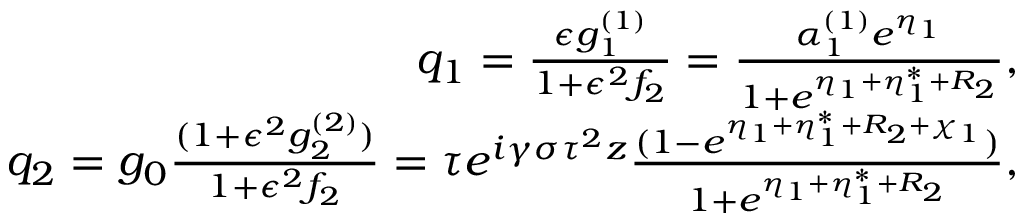
\begin{array} { r l r } & { } & { q _ { 1 } = \frac { \epsilon g _ { 1 } ^ { ( 1 ) } } { 1 + \epsilon ^ { 2 } f _ { 2 } } = \frac { \alpha _ { 1 } ^ { ( 1 ) } e ^ { \eta _ { 1 } } } { 1 + e ^ { \eta _ { 1 } + \eta _ { 1 } ^ { * } + R _ { 2 } } } , } \\ & { } & { q _ { 2 } = g _ { 0 } \frac { ( 1 + \epsilon ^ { 2 } g _ { 2 } ^ { ( 2 ) } ) } { 1 + \epsilon ^ { 2 } f _ { 2 } } = \tau e ^ { i \gamma \sigma \tau ^ { 2 } z } \frac { ( 1 - e ^ { \eta _ { 1 } + \eta _ { 1 } ^ { * } + R _ { 2 } + \chi _ { 1 } } ) } { 1 + e ^ { \eta _ { 1 } + \eta _ { 1 } ^ { * } + R _ { 2 } } } , } \end{array}